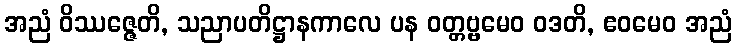
အညံ ဝိဿဇ္ဇေတိ, သညာပတိဋ္ဌာနကာလေ ပန ဝတ္တဗ္ဗမေဝ ဝဒတိ, ဧဝမေဝ အညံ